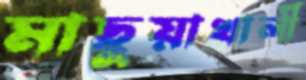
মাছুয়াখালী